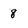
Character: 8